Lunatic asylums United Provinces 1899-1908 - 1899-1908
Year: 1899
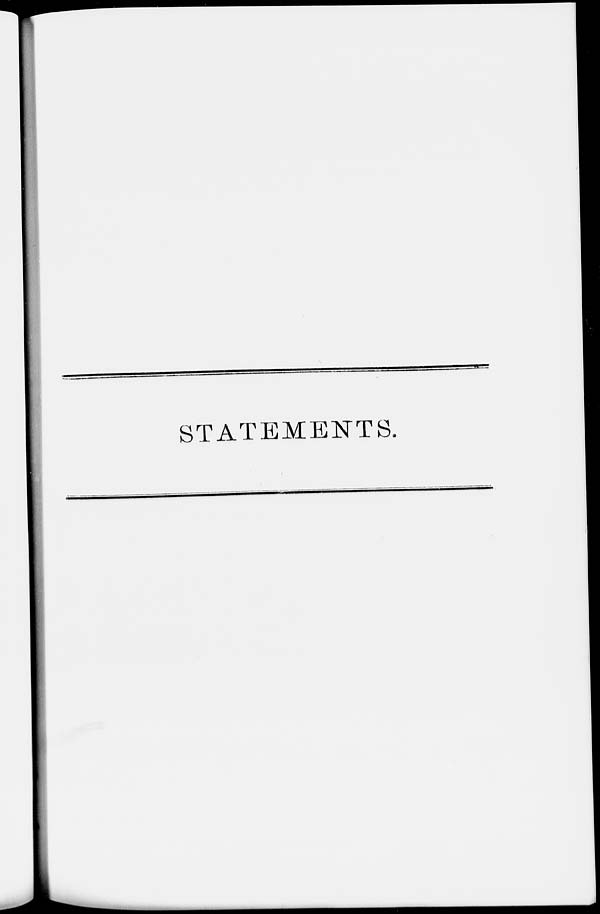
STATEMENTS.